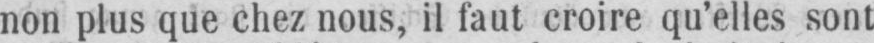
non plus que chez nous, il faut croire qu’elles sont